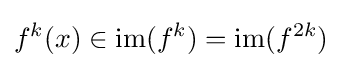
f^{k}(x)\in \mathrm {im} (f^{k})=\mathrm {im} (f^{2k})